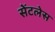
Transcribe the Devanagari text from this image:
सेंटलेस